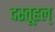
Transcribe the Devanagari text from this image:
दस्तूहल्